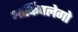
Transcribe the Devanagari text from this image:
आर्किपलेगो